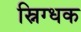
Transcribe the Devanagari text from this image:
स्निग्धक